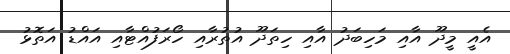
އެއީ މީދޫ އާއި މަހިބަދު އާއި ހިތަދޫ އުތުރާއި ހޯރަފުއްޓާއި އައްޑު އަތޮޅު